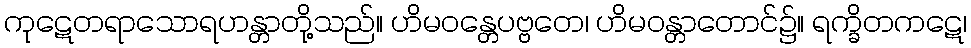
ကုဋေတရာသောရဟန္တာတို့သည်။ ဟိမဝန္တေပဗ္ဗတေ၊ ဟိမဝန္တာတောင်၌။ ရက္ခိတကဋေ၊